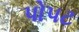
પોપટ